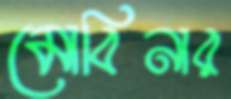
মোবিনার